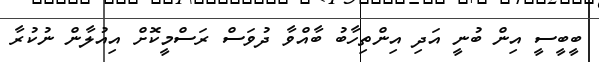
ބީބީސީ އިން ބުނީ އަދި އިންތިހާބު ބާއްވާ ދުވަސް ރަސްމީކޮށް އިއުލާން ނުކުރާ